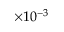
\times 1 0 ^ { - 3 }